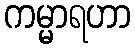
ကမ္မာရဟာ